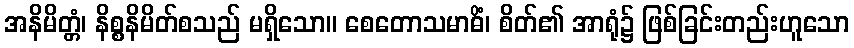
အနိမိတ္တံ၊ နိစ္စနိမိတ်စသည် မရှိသော။ စေတောသမာဓိံ၊ စိတ်၏ အာရုံ၌ ဖြစ်ခြင်းတည်းဟူသော